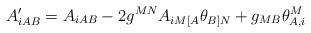
LaTeX: \begin{align*}A'_{iAB} = A_{iAB} -2g^{MN}A_{iM[A}\theta_{B]N} +g_{MB} \theta^{M}_{A,i}\end{align*}